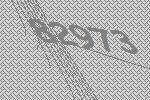
82973